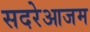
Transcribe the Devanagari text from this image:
सदरेआजम